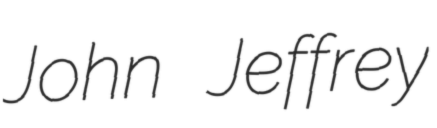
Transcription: John Jeffrey